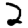
Digit: 2